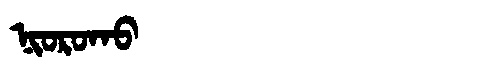
Manchu: ᠨᡳᠣᡵᠣᡴᠣ
Romanization: NIOROKO